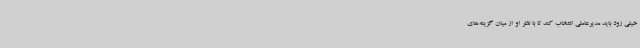
خیلی زود باید مدیرعاملی انتخاب کند تا با نظر او از میان گزینه‌های